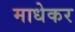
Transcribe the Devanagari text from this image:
माधेकर